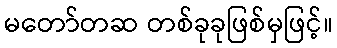
မတော်တဆ တစ်ခုခုဖြစ်မှဖြင့်။